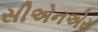
સીએનએસ